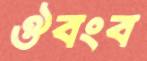
ঔবংব